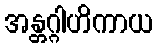
အန္တဂ္ဂါဟိကာယ